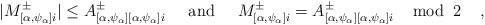
LaTeX: \begin{align*} |M^{\pm}_{[\alpha, \psi_{\alpha}]i}| \leq A^\pm_{[\alpha, \psi_{\alpha}][\alpha, \psi_{\alpha}]i} \;\;\;\;\; {\rm and} \;\;\;\;\; M^\pm_{[\alpha, \psi_{\alpha}]i} = A^\pm_{[\alpha, \psi_{\alpha}][\alpha, \psi_{\alpha}]i} \;\;\;\; {\rm mod} \;\; 2 \;\;\;\; ,\end{align*}